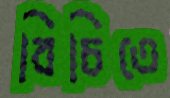
বিচিতে